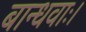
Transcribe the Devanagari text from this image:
बान्धवाः।